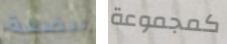
ببضعة كمجموعة